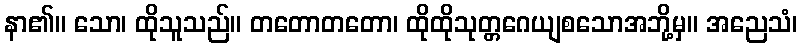
နာ၏။ သော၊ ထိုသူသည်။ တတောတတော၊ ထိုထိုသုတ္တဂေယျစသောအဘို့မှ။ အညေသံ၊